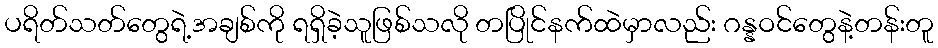
ပရိတ်သတ်တွေရဲ့အချစ်ကို ရရှိခဲ့သူဖြစ်သလို တပြိုင်နက်ထဲမှာလည်း ဂန္နဝင်တွေနဲ့တန်းတူ